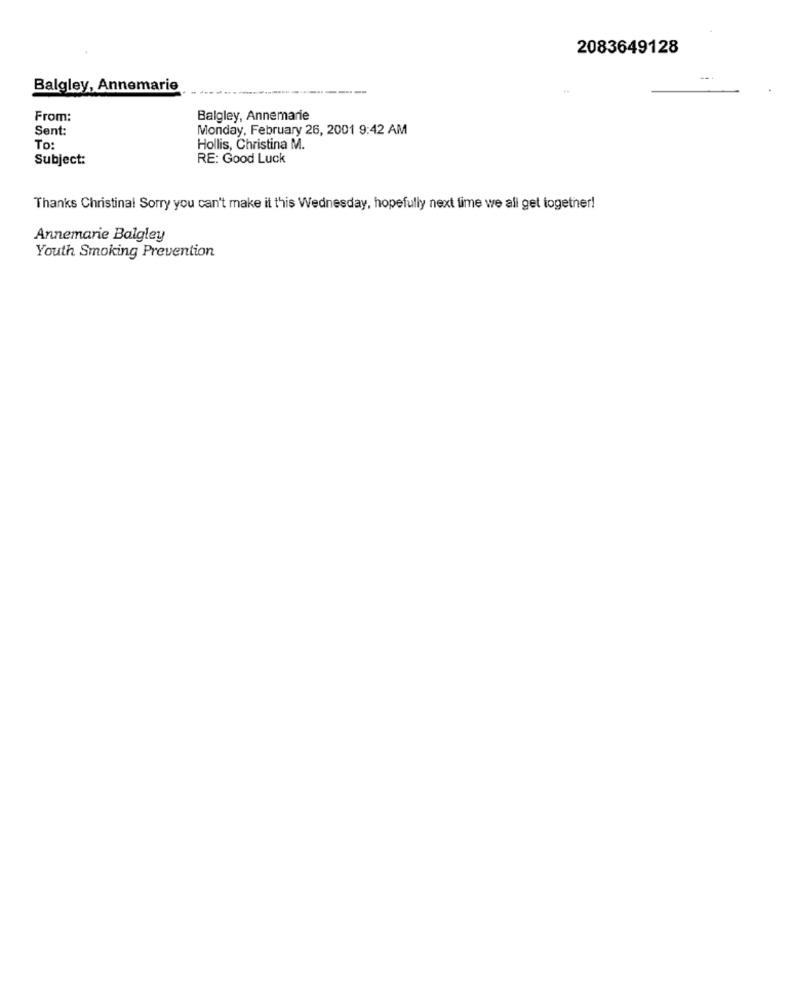
2083649128
Balgley, Annemarie
-----
From:
Balgley, Annemarie
Sent:
Monday, February 26, 2001 9:42 AM
To:
Hollis, Christina M.
Subject:
RE: Good Luck
Thanks Christinal Sorry you can't make it this Wednesday, hopefully next time we all get together!
Annemarie Balgley
Youth Smoking Prevention